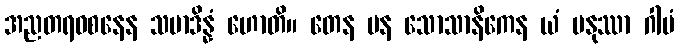
အညတရဝစနေန သမာဒိန္နံ ဟောတိ။ တေန ပန သောသာနိကေန ယံ မနုဿာ ဂါမံ